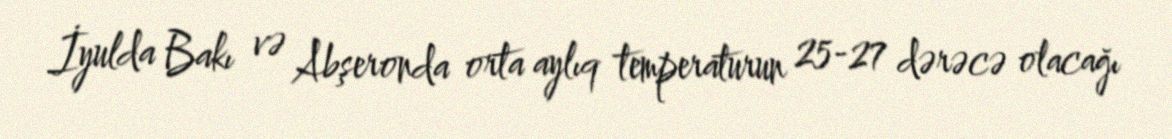
İyulda Bakı və Abşeronda orta aylıq temperaturun 25-27 dərəcə olacağı